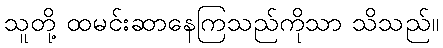
သူတို့ ထမင်းဆာနေကြသည်ကိုသာ သိသည်။